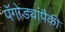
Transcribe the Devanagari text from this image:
पॅगोड्यांपैकी